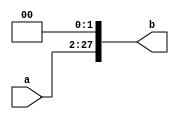
`timescale 1ns / 1ps
//////////////////////////////////////////////////////////////////////////////////
// Company: 
// Engineer: 
// 
// Design Name: 
// Module Name: lshift2_26
// Project Name: 
// Target Devices: 
// Tool Versions: 
// Description: 
// 
// Dependencies: 
// 
// Revision:
// Revision 0.01 - File Created
// Additional Comments:
// 
//////////////////////////////////////////////////////////////////////////////////


module lshift2_26(
    input [25:0] a,
    output [27:0] b
    );
    assign b = {2'b0, a} << 2;
endmodule